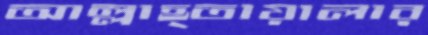
আল্লাহ্তায়ালার